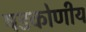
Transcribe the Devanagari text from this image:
षडकोणीय